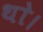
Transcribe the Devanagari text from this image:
थाे।